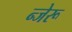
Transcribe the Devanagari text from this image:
न्जेरू